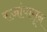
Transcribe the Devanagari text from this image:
राजांपासून